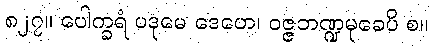
၈၂၇။ ပေါက္ခရံ ပဒုမေ ဒေဟေ၊ ဝဇ္ဇဘဏ္ဍမုခေပိ စ။